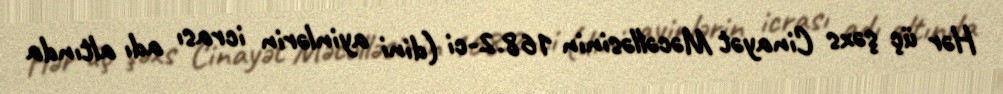
Hər üç şəxs Cinayət Məcəlləsinin 168.2-ci (dini ayinlərin icrası adı altında